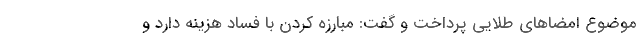
موضوع امضاهای طلایی پرداخت و گفت: مبارزه کردن با فساد هزینه دارد و